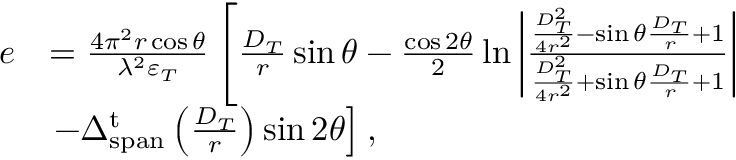
\begin{array} { r l } { e } & { = \frac { { 4 { \pi ^ { 2 } } r \cos \theta } } { { { \lambda ^ { 2 } } { \varepsilon _ { T } } } } \left[ \frac { { { D _ { T } } } } { r } \sin \theta - \frac { { \cos 2 \theta } } { 2 } \ln \left| { \frac { { \frac { { D _ { T } ^ { 2 } } } { { 4 { r ^ { 2 } } } } - \sin \theta \frac { { { D _ { T } } } } { r } + 1 } } { { \frac { { D _ { T } ^ { 2 } } } { { 4 { r ^ { 2 } } } } + \sin \theta \frac { { { D _ { T } } } } { r } + 1 } } } \right| \right. } \\ & { \left. { - \Delta _ { \mathrm { { s p a n } } } ^ { \mathrm { t } } \left( \frac { { { D _ { T } } } } { r } \right) } \sin 2 \theta \right] , } \end{array}